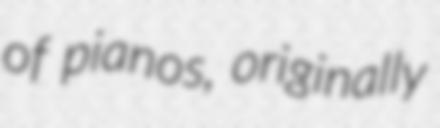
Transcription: of pianos, originally